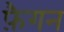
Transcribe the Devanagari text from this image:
फ़ैगन